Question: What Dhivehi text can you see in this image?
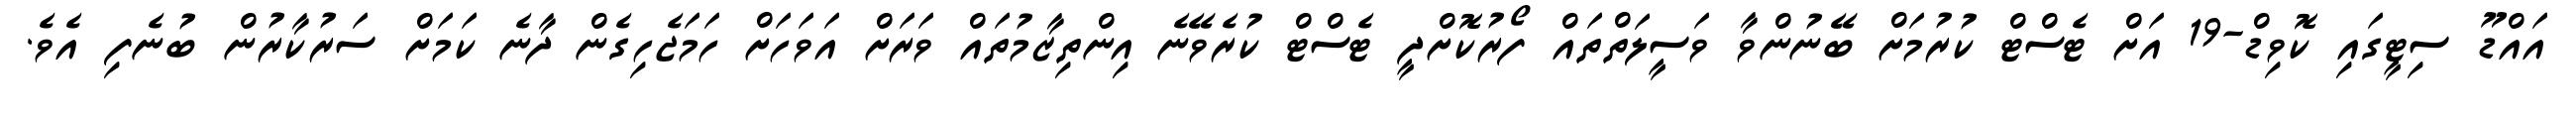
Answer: އައްޑޫ ސިޓީގައި ކޮވިޑް-19 އަށް ޓެސްޓް ކުރުމަށް ބޭނުންވާ ވަސީލަތްތައް ފޯރުކޮށްދީ ޓެސްޓް ކުރެވޭނެ އިންތިޒާމުތައް ވަރަށް އަވަހަށް ހަމަޖެހިގެން ދާނެ ކަމަށް ސަރުކާރުން ބުނެފި އެވެ.